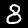
Digit: 8